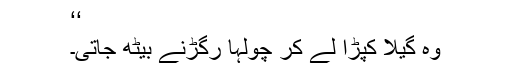
‘‘
وہ گیلا کپڑا لے کر چولہا رگڑنے بیٹھ جاتی۔